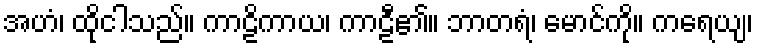
အဟံ၊ ထိုငါသည်။ ကာဠိကာယ၊ ကာဠီ၏။ ဘာတရံ၊ မောင်ကို။ ကရေယျ၊